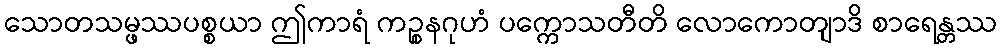
သောတသမ္ဖဿပစ္စယာ ဤကာရံ ကဉ္စနဂုဟံ ပက္ကောသတီတိ လောကောတျာဒိ စာရေန္တဿ